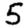
Digit: 5